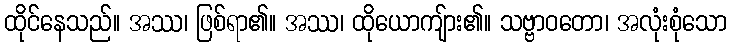
ထိုင်နေသည်။ အဿ၊ ဖြစ်ရာ၏။ အဿ၊ ထိုယောကျ်ား၏။ သဗ္ဗာဝတော၊ အလုံးစုံသော